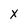
Character: x